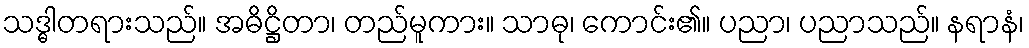
သဒ္ဓါတရားသည်။ အဓိဋ္ဌိတာ၊ တည်မူကား။ သာဓု၊ ကောင်း၏။ ပညာ၊ ပညာသည်။ နရာနံ၊